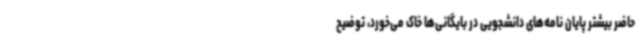
حاضر بیشتر پایان نامه‌های دانشجویی در بایگانی‌ها خاک می‌خورد، توضیح